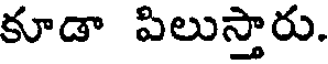
కూడా పిలుస్తారు.